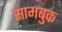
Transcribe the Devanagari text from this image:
सामबुक